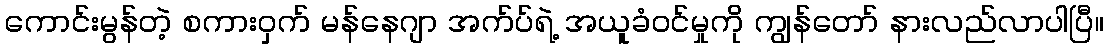
ကောင်းမွန်တဲ့ စကားဝှက် မန်နေဂျာ အက်ပ်ရဲ့ အယူခံဝင်မှုကို ကျွန်တော် နားလည်လာပါပြီ။